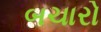
બચારો